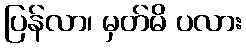
ပြန်လာ၊ မှတ်မိ ပလား